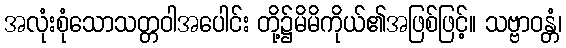
အလုံးစုံသောသတ္တဝါအပေါင်း တို့၌မိမိကိုယ်၏အဖြစ်ဖြင့်။ သဗ္ဗာဝန္တံ၊